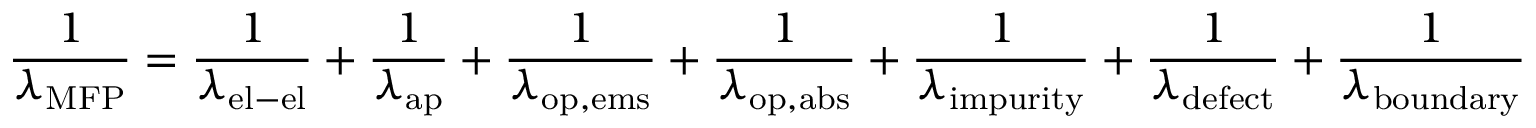
{ \frac { 1 } { \lambda _ { \mathrm { M F P } } } } = { \frac { 1 } { \lambda _ { \mathrm { e l - e l } } } } + { \frac { 1 } { \lambda _ { \mathrm { a p } } } } + { \frac { 1 } { \lambda _ { \mathrm { o p , e m s } } } } + { \frac { 1 } { \lambda _ { \mathrm { o p , a b s } } } } + { \frac { 1 } { \lambda _ { \mathrm { i m p u r i t y } } } } + { \frac { 1 } { \lambda _ { \mathrm { d e f e c t } } } } + { \frac { 1 } { \lambda _ { \mathrm { b o u n d a r y } } } }